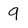
Character: 9